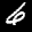
Label: 6